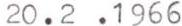
20.2.1966